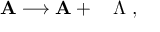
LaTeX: { \bf A } \longrightarrow { \bf A } + \mathrm { \boldmath ~ \nabla ~ } \Lambda \; ,